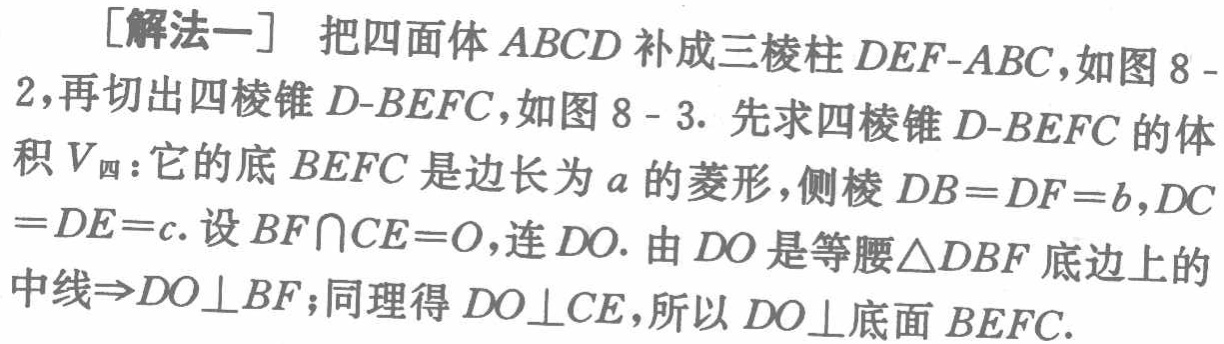
[解法一] 把四面体 \(ABCD\) 补成三棱柱 \(DEF - ABC\)，如图 8 - 2，再切出四棱锥 \(D - BEFC\)，如图 8 - 3. 先求四棱锥 \(D - BEFC\) 的体积 \(V_{四}\)：它的底 \(BEFC\) 是边长为 \(a\) 的菱形，侧棱 \(DB = DF = b\)，\(DC=DE = c\). 设 \(BF\cap CE = O\)，连 \(DO\). 由 \(DO\) 是等腰 \(\triangle DBF\) 底边上的中线 \(\Rightarrow DO\perp BF\)；同理得 \(DO\perp CE\)，所以 \(DO\perp\) 底面 \(BEFC\).